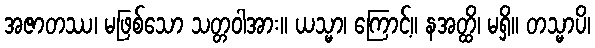
အဇာတဿ၊ မဖြစ်သော သတ္တဝါအား။ ယသ္မာ၊ ကြောင့်။ နအတ္ထိ၊ မရှိ။ တသ္မာပိ၊